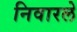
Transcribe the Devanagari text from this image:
निवारले